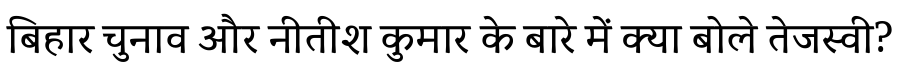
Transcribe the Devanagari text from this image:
बिहार चुनाव और नीतीश कुमार के बारे में क्या बोले तेजस्वी?